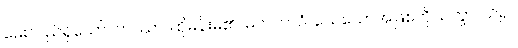
မေးသည်ရှိသော်။ တဿာ၊ ထိုမိန်းမ၏။ မတဘာဝံ၊ သေသောအဖြစ်ကို။ ဉတွာ၊ သိ၍။